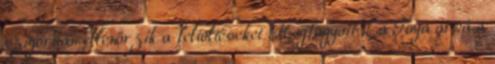
szigorúan ellenőrzik a feltöltéseket Megfagyott La Toya arca a